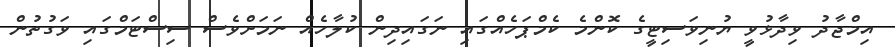
އިމްޖާދު ވިދާޅުވީ ޔުނިވަސިޓީގެ ކޮންމެ ކެމްޕަހެއްގައި ނަގައިދިން ކުލާހެއް ނަމަށްވެސް ސިސްޓަމްގައި ވަގުތުން